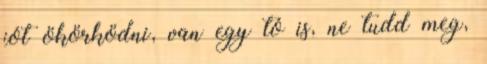
jót ökörködni, van egy tó is, ne tudd meg,